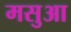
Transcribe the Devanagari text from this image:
मसुआ